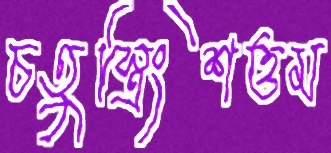
চতুস্ত্রিংশত্তম